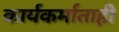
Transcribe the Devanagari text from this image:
कार्यकर्माताही